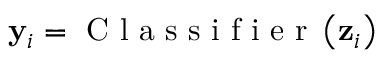
{ \mathbf { y } } _ { i } = \mathrm { ~ C ~ l ~ a ~ s ~ s ~ i ~ f ~ i ~ e ~ r ~ } \left( \mathbf { z } _ { i } \right)